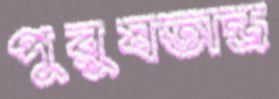
পুরুষতান্ত্র